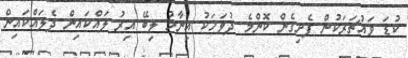
ކުޑަ ވައުޗަރަކުން ފެށިގެން ކޮންމެ ދުވަހަކު އިނާމު ލިބޭ އިރު ލައްކައިން ދެލައްކައިން